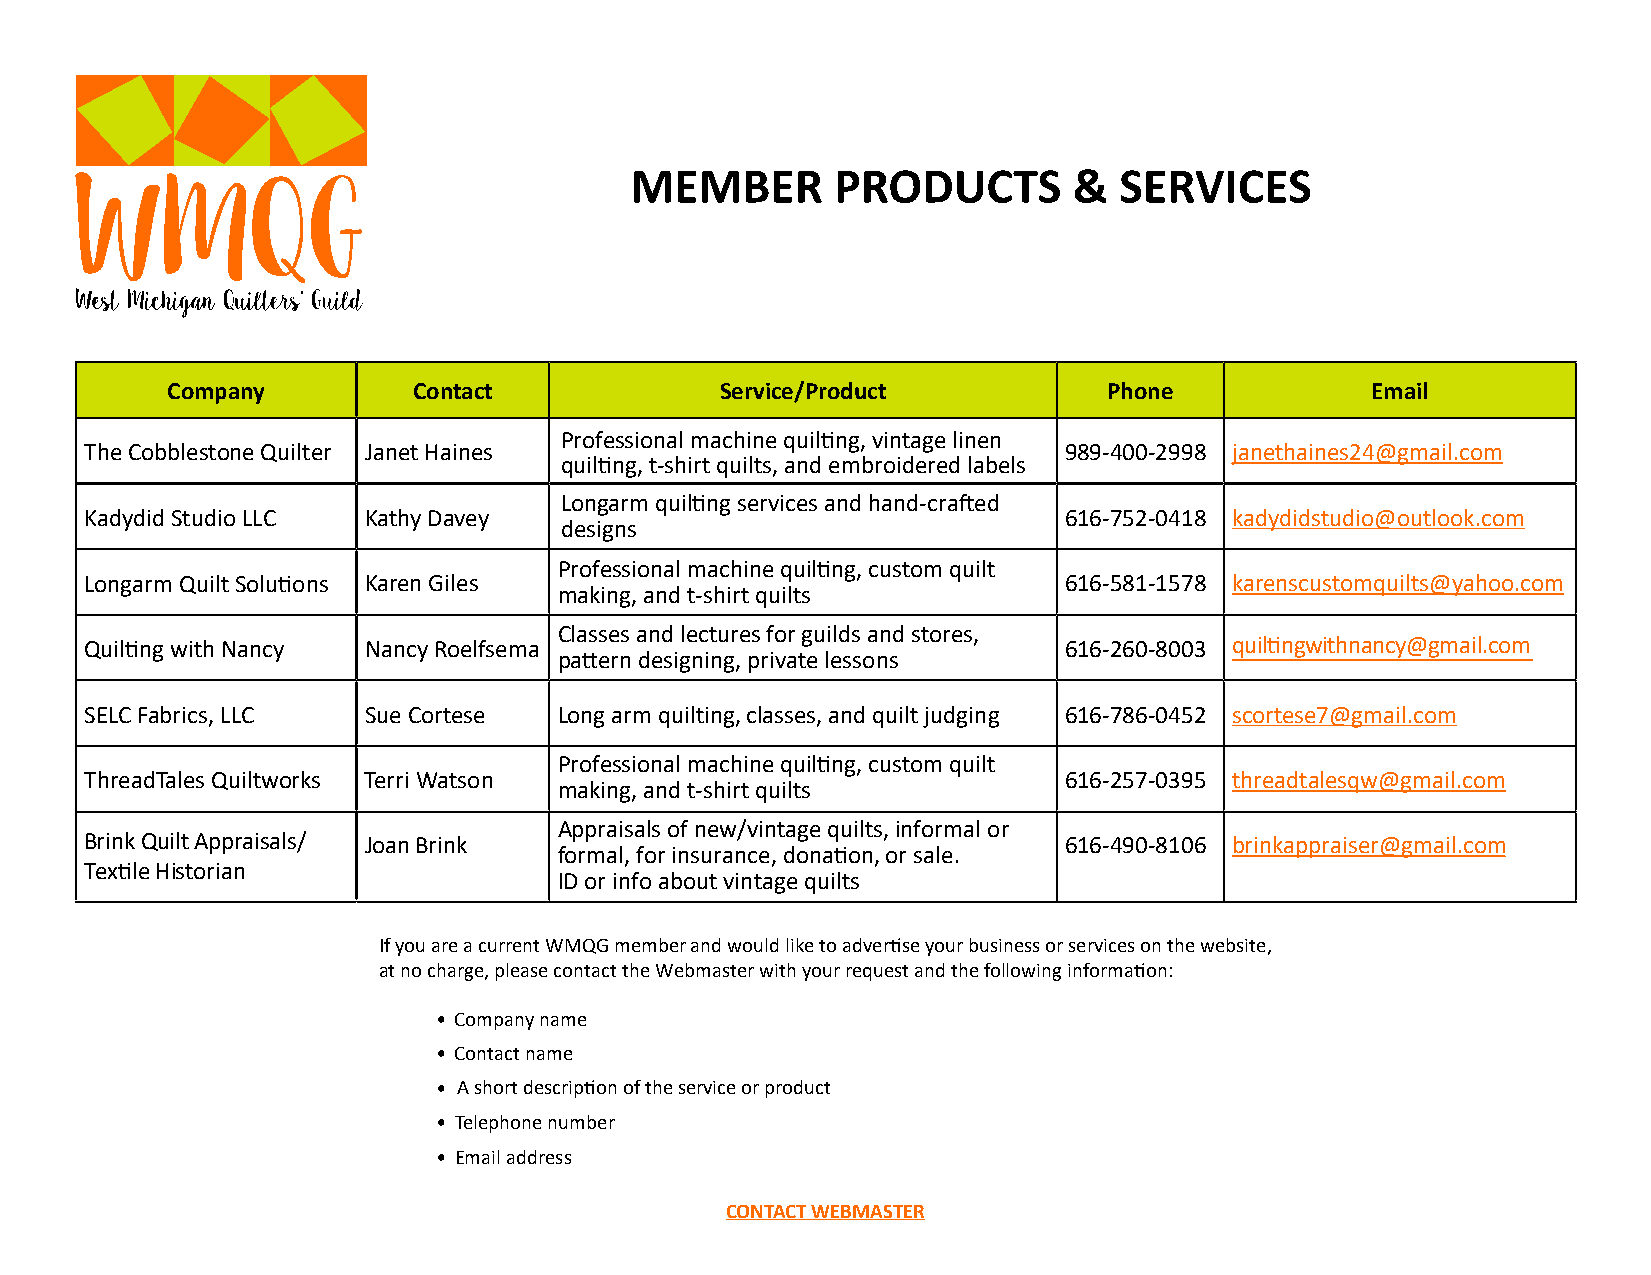
MEMBER       PRODUCTS        &  SERVICES
 Company         Contact              Service/Product          Phone             Email
 Professional machine quil�ng, vintage linen
 The Cobblestone Quilter Janet Haines                            989-400-2998 janethaines24@gmail.com
 quil�ng, t-shirt quilts, and embroidered labels
 Longarm quil�ng services and hand-cra�ed
 Kadydid Studio LLC Kathy Davey                                  616-752-0418 kadydidstudio@outlook.com
 designs
 Professional machine quil�ng, custom quilt
 Longarm Quilt Solu�ons Karen Giles                              616-581-1578 karenscustomquilts@yahoo.com
 making, and t-shirt quilts
 Classes and lectures for guilds and stores,
 Quil�ng with Nancy Nancy Roelfsema                              616-260-8003 quil�ngwithnancy@gmail.com
 pa�ern designing, private lessons
 SELC Fabrics, LLC Sue Cortese  Long arm quilting, classes, and quilt judging 616-786-0452 scortese7@gmail.com
 Professional machine quil�ng, custom quilt
 ThreadTales Quiltworks Terri Watson                             616-257-0395 threadtalesqw@gmail.com
 making, and t-shirt quilts
 Appraisals of new/vintage quilts, informal or
 Brink Quilt Appraisals/ Joan Brink                              616-490-8106 brinkappraiser@gmail.com
 formal, for insurance, dona�on, or sale.
 Tex�le Historian
 ID or info about vintage quilts
 If you are a current WMQG member and would like to adver�se your business or services on the website,
 at no charge, please contact the Webmaster with your request and the following informa�on:
 • Company name
 • Contact name
 • A short descrip�on of the service or product
 • Telephone number
 • Email address
 CONTACT WEBMASTER